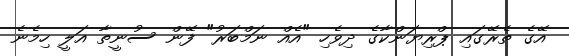
އޭގެ ތެރޭގައި ޕްރިޔަންކާގެ ދިވެހި "އެއް ނަމްބަރު" ފޭން ސުނީތާ އަލީ ހިމެނެ